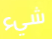
شيء